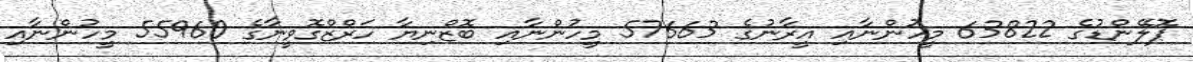
ޕޮލޭންޑުގެ 63822 މީހުންނާއި އީރާނުގެ 57663 މީހުންނާއި ބޮޒްނިޔާ ހަރްޒްގޮވީނާގެ 55960 މީހުންނާއި